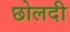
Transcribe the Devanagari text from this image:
छोलदी